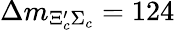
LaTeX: \Delta m_{\Xi_{c}^{\prime}\Sigma_{c}}=124